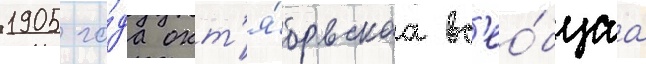
1905 го́да окт'я́брьскаа вс'ео́бщаа